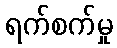
ရက်စက်မှု